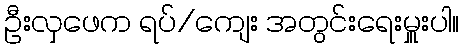
ဦးလှဖေက ရပ်/ကျေး အတွင်းရေးမှူးပါ။